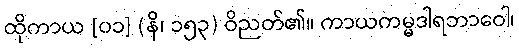
ထိုကာယ [၀၁] (နိ၊ ၁၅၃) ဝိညတ်၏။ ကာယကမ္မဒါရဘာဝေါ၊